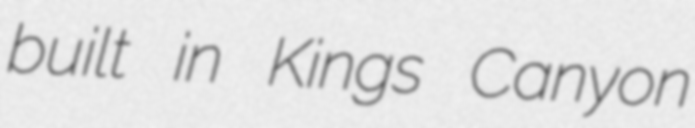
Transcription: built in Kings Canyon